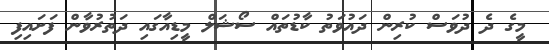
މީގެ ދެ ދުވަސް ކުރިން ދައުވަތު ކާޑުތައް ސޯޝަލް މީޑިއާގައި ދަތުރުވާން ފަށައިފި